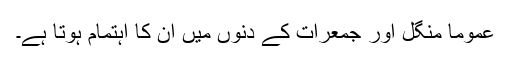
عموماً منگل اور جمعرات کے دنوں میں ان کا اہتمام ہوتا ہے۔